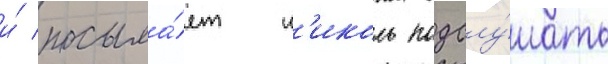
и́ посыла́ет н'иколь подслу́шать